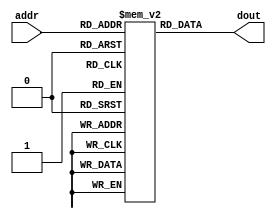
module prog_mem(addr, dout);

	input	[7:0]	addr;
	output	[15:0]	dout;

	reg 	[15:0]	rom[0:255];

	assign 	dout = rom[addr];

initial
	begin
		rom[8'h00] = 16'b1100_0001_0010_0000;  	//LDI $value R0
		rom[8'h01] = 16'b1100_0011_0100_0001;  	//LDI $value R1
		rom[8'h02] = 16'b1100_0101_0110_0010;  	//LDI $value R2
		rom[8'h03] = 16'b1100_0111_1000_1100;  	//LDI $value R12
		rom[8'h04] = 16'b0000_0000_xxxx_0000;  	//INC R0    R0
		rom[8'h05] = 16'b0001_0000_0001_0100;  	//ADD R0 R1 R4
		rom[8'h06] = 16'b0010_0000_0001_0101; 	//SUB R0 R1 R5 
		rom[8'h07] = 16'b0011_0000_xxxx_0000; 	//DEC R0    R0 
		rom[8'h08] = 16'b0100_0000_0001_0010;  	//AND R0 R1 R2
		rom[8'h09] = 16'b0101_0000_0001_0010;  	//IOR R0 R1 R2
		rom[8'h0a] = 16'b0110_0000_0001_0010;  	//XOR R0 R1 R2
		rom[8'h0b] = 16'b0111_0000_xxxx_0010;  	//INV R0    R2
		rom[8'h0c] = 16'b1000_0000_xxxx_0000;  	//SHR R0    R0
		rom[8'h0d] = 16'b1001_0001_xxxx_0001;   //SHL R1    R1
		rom[8'h0e] = 16'b1010_0100_xxxx_0010;  	//MOV R4    R2
		rom[8'h0f] = 16'b1100_0001_0011_1111;  	//JUI $value	(LDI $value R15)
		rom[8'h10] = 16'b0000_0000_xxxx_0000;  	//INC R0    R0
		rom[8'h11] = 16'b0000_0000_xxxx_0000;  	//INC R0    R0
		rom[8'h12] = 16'b0000_0000_xxxx_0000;  	//INC R0    R0
		rom[8'h13] = 16'b1100_1111_1111_0001;  	//LDI $value R1
		rom[8'h14] = 16'b1100_0000_0001_0010;  	//LDI $value R2
		rom[8'h15] = 16'b0001_0001_0010_0010; 	//ADD R1 R2 R2 
		rom[8'h16] = 16'b1110_xxxx_xxxx_1000;  	//JES 
		rom[8'h17] = 16'b0000_0000_xxxx_0000;  	//INC R0    R0
		rom[8'h18] = 16'b1110_xxxx_xxxx_0100;  	//JFS
		rom[8'h19] = 16'b0000_0000_xxxx_0000;  	//INC R0    R0
		rom[8'h1a] = 16'b1110_0000_0000_0001;  	//JEQ R0 R0
		rom[8'h1b] = 16'b0000_0000_xxxx_0000;  	//INC R0    R0
		rom[8'h1c] = 16'b1111_xxxx_xxxx_0010; 	//CLE 
		rom[8'h1d] = 16'b1111_xxxx_0000_0100;  	//VMW    R0		
		rom[8'h1e] = 16'b1111_xxxx_0001_1000; 	//DMW 	 R1
		rom[8'h1f] = 16'b1101_xxxx_xxxx_0110;  	//DMR	    R6
		rom[8'h20] = 16'b1010_1111_xxxx_1111;  	//JUD R2  	(MOV R2    R15)
		rom[8'h21] = 16'b0000_0000_xxxx_0000;  	//INC R0    R0  	
		rom[8'h22] = 16'bxxxx_xxxx_xxxx_xxxx;  	
		rom[8'h23] = 16'bxxxx_xxxx_xxxx_xxxx;  	
		rom[8'h24] = 16'bxxxx_xxxx_xxxx_xxxx;  	
		rom[8'h25] = 16'bxxxx_xxxx_xxxx_xxxx;  	
		rom[8'h26] = 16'bxxxx_xxxx_xxxx_xxxx;	
		rom[8'h27] = 16'b0000_0000_0000_0000;  	
		rom[8'h28] = 16'b1111_0000_0000_0010;  	
		rom[8'h29] = 16'b0000_0000_0000_0000;  	
		rom[8'h2a] = 16'b1111_0000_0000_0001;  	
		rom[8'h2b] = 16'b0000_0000_0000_0000;  	
		rom[8'h2c] = 16'b1110_0100_0000_0000; 	 
		rom[8'h2d] = 16'b1110_0010_0000_0000;  			
		rom[8'h2e] = 16'b1110_0001_0001_0000; 	
		rom[8'h2f] = 16'b1101_0000_0000_0110;  	
		rom[8'h30] = 16'b1100_0001_0010_0000;  	
		rom[8'h31] = 16'b1100_0011_0100_0001;  	
		rom[8'h32] = 16'b1100_0101_0110_0010;  	
		rom[8'h33] = 16'b1100_0111_1000_1100;  	
		rom[8'h34] = 16'b0000_0000_0000_0000;  	
		rom[8'h35] = 16'b0001_0000_0001_0100;  	
		rom[8'h36] = 16'b0010_0000_0001_0101; 	 
		rom[8'h37] = 16'b0011_0000_0000_0000; 	 
		rom[8'h38] = 16'b0100_0000_0001_0010;  	
		rom[8'h39] = 16'b0101_0000_0001_0010;  	
		rom[8'h3a] = 16'b0110_0000_0001_0010;  	
		rom[8'h3b] = 16'b0111_0000_0000_0010;  	
		rom[8'h3c] = 16'b1000_0000_0000_0000;  	
		rom[8'h3d] = 16'b1001_0001_0000_0001;   
		rom[8'h3e] = 16'b1010_0100_0000_0010;  	
		rom[8'h3f] = 16'b1100_0001_0011_1111;  		
		rom[8'h40] = 16'b0000_0000_0000_0000;  	
		rom[8'h41] = 16'b0000_0000_0000_0000;  	
		rom[8'h42] = 16'b0000_0000_0000_0000;  	
		rom[8'h43] = 16'b1100_1111_1111_0001;  	
		rom[8'h44] = 16'b1100_0000_0001_0010;  	
		rom[8'h45] = 16'b0001_0001_0010_0010; 	 
		rom[8'h46] = 16'b1111_0000_0000_0100;  	
		rom[8'h47] = 16'b0000_0000_0000_0000;  	
		rom[8'h48] = 16'b1111_0000_0000_0010;  	
		rom[8'h49] = 16'b0000_0000_0000_0000;  	
		rom[8'h4a] = 16'b1111_0000_0000_0001;  	
		rom[8'h4b] = 16'b0000_0000_0000_0000;  	
		rom[8'h4c] = 16'b1110_0100_0000_0000; 	 
		rom[8'h4d] = 16'b1110_0010_0000_0000;  		
		rom[8'h4e] = 16'b1110_0001_0001_0000; 	
		rom[8'h4f] = 16'b1101_0000_0000_0110;  	
		rom[8'h50] = 16'b1100_0001_0010_0000;  	
		rom[8'h51] = 16'b1100_0011_0100_0001;  	
		rom[8'h52] = 16'b1100_0101_0110_0010;  	
		rom[8'h53] = 16'b1100_0111_1000_1100;  	
		rom[8'h54] = 16'b0000_0000_0000_0000;  	
		rom[8'h55] = 16'b0001_0000_0001_0100;  	
		rom[8'h56] = 16'b0010_0000_0001_0101; 	
		rom[8'h57] = 16'b0011_0000_0000_0000; 	
		rom[8'h58] = 16'b0100_0000_0001_0010;  	
		rom[8'h59] = 16'b0101_0000_0001_0010;  	
		rom[8'h5a] = 16'b0110_0000_0001_0010;  	
		rom[8'h5b] = 16'b0111_0000_0000_0010;  	
		rom[8'h5c] = 16'b1000_0000_0000_0000;  	
		rom[8'h5d] = 16'b1001_0001_0000_0001;   
		rom[8'h5e] = 16'b1010_0100_0000_0010;  	
		rom[8'h5f] = 16'b1100_0001_0011_1111;  	
		rom[8'h60] = 16'b0000_0000_0000_0000;  	
		rom[8'h61] = 16'b0000_0000_0000_0000;  	
		rom[8'h62] = 16'b0000_0000_0000_0000;  	
		rom[8'h63] = 16'b1100_1111_1111_0001;  	
		rom[8'h64] = 16'b1100_0000_0001_0010;  	
		rom[8'h65] = 16'b0001_0001_0010_0010; 	
		rom[8'h66] = 16'b1111_0000_0000_0100;  	
		rom[8'h67] = 16'b0000_0000_0000_0000;  	
		rom[8'h68] = 16'b1111_0000_0000_0010;  	
		rom[8'h69] = 16'b0000_0000_0000_0000;  	
		rom[8'h6a] = 16'b1111_0000_0000_0001;  	
		rom[8'h6b] = 16'b0000_0000_0000_0000;  	
		rom[8'h6c] = 16'b1110_0100_0000_0000; 	
		rom[8'h6d] = 16'b1110_0010_0000_0000;  		
		rom[8'h6e] = 16'b1110_0001_0001_0000; 	
		rom[8'h6f] = 16'b1101_0000_0000_0110;  	
		rom[8'h70] = 16'b1100_0001_0010_0000;  	
		rom[8'h71] = 16'b1100_0011_0100_0001;  	
		rom[8'h72] = 16'b1100_0101_0110_0010;  	
		rom[8'h73] = 16'b1100_0111_1000_1100;  	
		rom[8'h74] = 16'b0000_0000_0000_0000;  	
		rom[8'h75] = 16'b0001_0000_0001_0100;  	
		rom[8'h76] = 16'b0010_0000_0001_0101; 	
		rom[8'h77] = 16'b0011_0000_0000_0000; 	
		rom[8'h78] = 16'b0100_0000_0001_0010;  	
		rom[8'h79] = 16'b0101_0000_0001_0010;  	
		rom[8'h7a] = 16'b0110_0000_0001_0010;  	
		rom[8'h7b] = 16'b0111_0000_0000_0010;  	
		rom[8'h7c] = 16'b1000_0000_0000_0000;  	
		rom[8'h7d] = 16'b1001_0001_0000_0001;   
		rom[8'h7e] = 16'b1010_0100_0000_0010;  	
		rom[8'h7f] = 16'b1100_0001_0011_1111;  	
		rom[8'h80] = 16'b1100_0001_0010_0000;  	
		rom[8'h81] = 16'b1100_0011_0100_0001;  	
		rom[8'h82] = 16'b1100_0101_0110_0010;  	
		rom[8'h83] = 16'b1100_0111_1000_1100;  	
		rom[8'h84] = 16'b0000_0000_0000_0000;  	
		rom[8'h85] = 16'b0001_0000_0001_0100;  	
		rom[8'h86] = 16'b0010_0000_0001_0101; 	
		rom[8'h87] = 16'b0011_0000_0000_0000; 	
		rom[8'h88] = 16'b0100_0000_0001_0010;  	
		rom[8'h89] = 16'b0101_0000_0001_0010;  	
		rom[8'h8a] = 16'b0110_0000_0001_0010;  	
		rom[8'h8b] = 16'b0111_0000_0000_0010;  	
		rom[8'h8c] = 16'b1000_0000_0000_0000;  	
		rom[8'h8d] = 16'b1001_0001_0000_0001;   
		rom[8'h8e] = 16'b1010_0100_0000_0010;  	
		rom[8'h8f] = 16'b1100_0001_0011_1111;  	
		rom[8'h90] = 16'b0000_0000_0000_0000;  	
		rom[8'h91] = 16'b0000_0000_0000_0000;  	
		rom[8'h92] = 16'b0000_0000_0000_0000;  	
		rom[8'h93] = 16'b1100_1111_1111_0001;  	
		rom[8'h94] = 16'b1100_0000_0001_0010;  	
		rom[8'h95] = 16'b0001_0001_0010_0010; 	
		rom[8'h96] = 16'b1111_0000_0000_0100;  	
		rom[8'h97] = 16'b0000_0000_0000_0000;  	
		rom[8'h98] = 16'b1111_0000_0000_0010;  	
		rom[8'h99] = 16'b0000_0000_0000_0000;  	
		rom[8'h9a] = 16'b1111_0000_0000_0001;  	
		rom[8'h9b] = 16'b0000_0000_0000_0000;  	
		rom[8'h9c] = 16'b1110_0100_0000_0000; 	
		rom[8'h9d] = 16'b1110_0010_0000_0000;  		
		rom[8'h9e] = 16'b1110_0001_0001_0000; 	
		rom[8'h9f] = 16'b1101_0000_0000_0110;  	
		rom[8'ha0] = 16'b1100_0001_0010_0000;  	
		rom[8'ha1] = 16'b1100_0011_0100_0001;  	
		rom[8'ha2] = 16'b1100_0101_0110_0010;  	
		rom[8'ha3] = 16'b1100_0111_1000_1100;  	
		rom[8'ha4] = 16'b0000_0000_0000_0000;  	
		rom[8'ha5] = 16'b0001_0000_0001_0100;  	
		rom[8'ha6] = 16'b0010_0000_0001_0101; 	 
		rom[8'ha7] = 16'b0011_0000_0000_0000; 	
		rom[8'ha8] = 16'b0100_0000_0001_0010;  	
		rom[8'ha9] = 16'b0101_0000_0001_0010;  	
		rom[8'haa] = 16'b0110_0000_0001_0010;  	
		rom[8'hab] = 16'b0111_0000_0000_0010;  	
		rom[8'hac] = 16'b1000_0000_0000_0000;  	
		rom[8'had] = 16'b1001_0001_0000_0001;   
		rom[8'hae] = 16'b1010_0100_0000_0010;  	
		rom[8'haf] = 16'b1100_0001_0011_1111;  	
		rom[8'hb0] = 16'b0000_0000_0000_0000;  	
		rom[8'hb1] = 16'b0000_0000_0000_0000;  	
		rom[8'hb2] = 16'b0000_0000_0000_0000;  	
		rom[8'hb3] = 16'b1100_1111_1111_0001;  	
		rom[8'hb4] = 16'b1100_0000_0001_0010;  	
		rom[8'hb5] = 16'b0001_0001_0010_0010; 	 
		rom[8'hb6] = 16'b1111_0000_0000_0100;  	 
		rom[8'hb7] = 16'b0000_0000_0000_0000;  	
		rom[8'hb8] = 16'b1111_0000_0000_0010;  	
		rom[8'hb9] = 16'b0000_0000_0000_0000;  	
		rom[8'hba] = 16'b1111_0000_0000_0001;  	
		rom[8'hbb] = 16'b0000_0000_0000_0000;  	
		rom[8'hbc] = 16'b1110_0100_0000_0000; 	
		rom[8'hbd] = 16'b1110_0010_0000_0000;  		
		rom[8'hbe] = 16'b1110_0001_0001_0000; 	
		rom[8'hbf] = 16'b1101_0000_0000_0110;  	
		rom[8'hc0] = 16'b1100_0001_0010_0000;  	
		rom[8'hc1] = 16'b1100_0011_0100_0001;  	
		rom[8'hc2] = 16'b1100_0101_0110_0010;  	
		rom[8'hc3] = 16'b1100_0111_1000_1100;  	
		rom[8'hc4] = 16'b0000_0000_0000_0000;  	
		rom[8'hc5] = 16'b0001_0000_0001_0100;  	
		rom[8'hc6] = 16'b0010_0000_0001_0101; 	
		rom[8'hc7] = 16'b0011_0000_0000_0000; 	 
		rom[8'hc8] = 16'b0100_0000_0001_0010;  	
		rom[8'hc9] = 16'b0101_0000_0001_0010;  	
		rom[8'hca] = 16'b0110_0000_0001_0010;  	
		rom[8'hcb] = 16'b0111_0000_0000_0010;  	
		rom[8'hcc] = 16'b1000_0000_0000_0000;  	
		rom[8'hcd] = 16'b1001_0001_0000_0001;   
		rom[8'hce] = 16'b1010_0100_0000_0010;  	
		rom[8'hcf] = 16'b1100_0001_0011_1111;  	
		rom[8'hd0] = 16'b0000_0000_0000_0000;  	
		rom[8'hd1] = 16'b0000_0000_0000_0000;  	
		rom[8'hd2] = 16'b0000_0000_0000_0000;  	
		rom[8'hd3] = 16'b1100_1111_1111_0001;  	
		rom[8'hd4] = 16'b1100_0000_0001_0010;  	
		rom[8'hd5] = 16'b0001_0001_0010_0010; 	
		rom[8'hd6] = 16'b1111_0000_0000_0100;  	
		rom[8'hd7] = 16'b0000_0000_0000_0000;  	
		rom[8'hd8] = 16'b1111_0000_0000_0010;  	
		rom[8'hd9] = 16'b0000_0000_0000_0000;  	
		rom[8'hda] = 16'b1111_0000_0000_0001;  	
		rom[8'hdb] = 16'b0000_0000_0000_0000;  	
		rom[8'hdc] = 16'b1110_0100_0000_0000; 	
		rom[8'hdd] = 16'b1110_0010_0000_0000;  		
		rom[8'hde] = 16'b1110_0001_0001_0000; 	
		rom[8'hdf] = 16'b1101_0000_0000_0110;  	
		rom[8'he0] = 16'b1100_0001_0010_0000;  	
		rom[8'he1] = 16'b1100_0011_0100_0001;  	
		rom[8'he2] = 16'b1100_0101_0110_0010;  	
		rom[8'he3] = 16'b1100_0111_1000_1100;  	
		rom[8'he4] = 16'b0000_0000_0000_0000;  	
		rom[8'he5] = 16'b0001_0000_0001_0100;  	
		rom[8'he6] = 16'b0010_0000_0001_0101; 	 
		rom[8'he7] = 16'b0011_0000_0000_0000; 	
		rom[8'he8] = 16'b0100_0000_0001_0010;  	
		rom[8'he9] = 16'b0101_0000_0001_0010;  	
		rom[8'hea] = 16'b0110_0000_0001_0010;  	
		rom[8'heb] = 16'b0111_0000_0000_0010;  	
		rom[8'hec] = 16'b1000_0000_0000_0000;  	
		rom[8'hed] = 16'b1001_0001_0000_0001;   
		rom[8'hee] = 16'b1010_0100_0000_0010;  	
		rom[8'hef] = 16'b1100_0001_0011_1111;  	
		rom[8'hf0] = 16'b0000_0000_0000_0000;  	
		rom[8'hf1] = 16'b0000_0000_0000_0000;  	
		rom[8'hf2] = 16'b0000_0000_0000_0000;  	
		rom[8'hf3] = 16'b1100_1111_1111_0001;  	
		rom[8'hf4] = 16'b1100_0000_0001_0010;  	
		rom[8'hf5] = 16'b0001_0001_0010_0010; 	
		rom[8'hf6] = 16'b1111_0000_0000_0100;  	
		rom[8'hf7] = 16'b0000_0000_0000_0000;  	
		rom[8'hf8] = 16'b1111_0000_0000_0010;  	
		rom[8'hf9] = 16'b0000_0000_0000_0000;  	
		rom[8'hfa] = 16'b1111_0000_0000_0001;  	
		rom[8'hfb] = 16'b0000_0000_0000_0000;  	
		rom[8'hfc] = 16'b1110_0100_0000_0000; 	
		rom[8'hfd] = 16'b1110_0010_0000_0000;  		
		rom[8'hfe] = 16'b1110_0001_0001_0000; 	
		rom[8'hff] = 16'b1101_0000_0000_0110;  	
	end
/*
initial
	begin
		$readmemb("./rom.bin",rom);
	end
*/
/*
always@(*)
case(addr)
8'h00: 	dout = 16'b1100_0001_0010_0000; //LDI $value R0
default:dout = 16'bxxxx_xxxx_xxxx_xxxx;
endcase
*/
endmodule